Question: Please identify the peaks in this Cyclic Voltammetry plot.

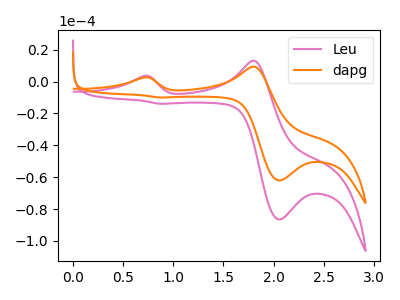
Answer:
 <answer>The pink curve "Leu" has anodic peaks at (0.70V, 3.55uA) (1.80V, 13.05uA) and cathodic peaks at (2.05V, -86.55uA) (0.85V, -13.95uA). The orange curve "dapg" has anodic peaks at (0.70V, 2.55uA) (1.80V, 9.35uA) and cathodic peaks at (2.05V, -62.05uA) (0.85V, -10.00uA).</answer>
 <eval></eval>